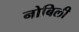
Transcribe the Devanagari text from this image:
नोबिली